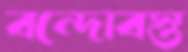
বন্দোবস্ত